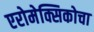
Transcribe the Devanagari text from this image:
एरोमेक्सिकोचा